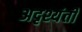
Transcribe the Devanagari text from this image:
अदृश्यंती